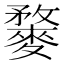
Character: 𪍓